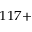
^ { 1 1 7 + }